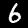
Label: 6